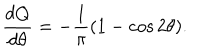
LaTeX: \frac { d Q } { d \theta } = - \frac { 1 } { \pi } ( 1 - \cos 2 \theta ) .